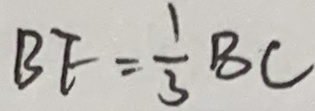
B E = \frac { 1 } { 3 } B C